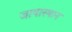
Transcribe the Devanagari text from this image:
जायास्थान